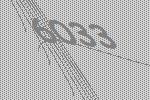
6033